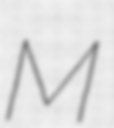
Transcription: M